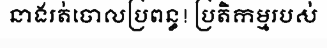
នាងរត់ចោលប្រពន្ធ! ប្រតិកម្មរបស់